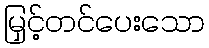
မြှင့်တင်ပေးသော